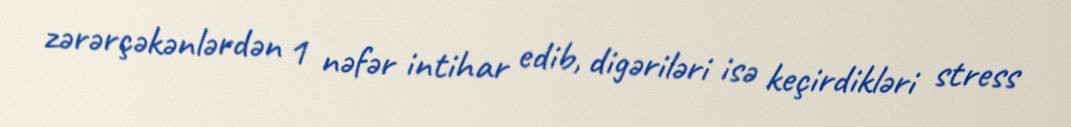
zərərçəkənlərdən 1 nəfər intihar edib, digəriləri isə keçirdikləri stress